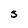
Character: S